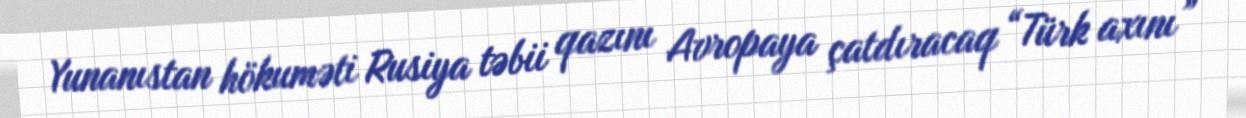
Yunanıstan hökuməti Rusiya təbii qazını Avropaya çatdıracaq “Türk axını”